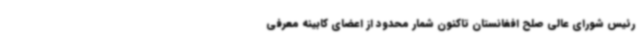
رئیس شورای عالی صلح افغانستان تاکنون شمار محدود از اعضای کابینه معرفی